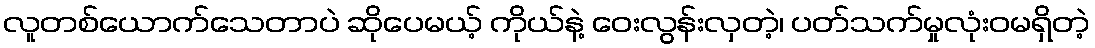
လူတစ်ယောက်သေတာပဲ ဆိုပေမယ့် ကိုယ်နဲ့ ဝေးလွန်းလှတဲ့၊ ပတ်သက်မှုလုံးဝမရှိတဲ့